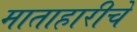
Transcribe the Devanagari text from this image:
माताहारीचे